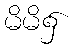
မိမိ၌